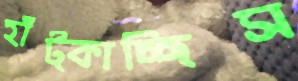
হাঁট্‌কাচ্ছিস